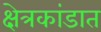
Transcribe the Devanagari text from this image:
क्षेत्रकांडात